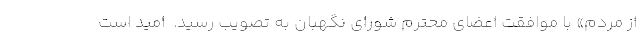
از مردم» با موافقت اعضای محترم شورای نگهبان به تصویب رسید.  امید است